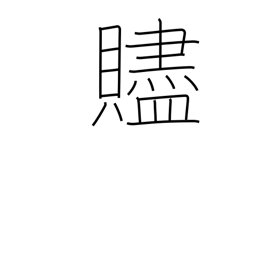
Meaning: parting gift